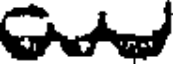
GA